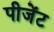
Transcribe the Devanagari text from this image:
पीजेंट